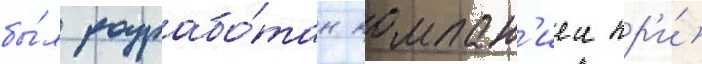
бы́л разрабо́тан компан'иеи пр'и́